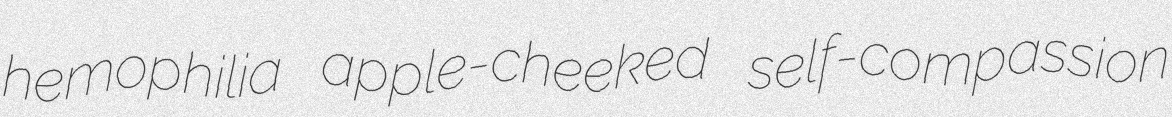
hemophilia apple-cheeked self-compassion